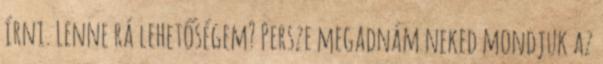
írni. Lenne rá lehetőségem? Persze megadnám neked mondjuk az